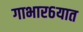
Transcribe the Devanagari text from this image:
गाभार६यात